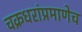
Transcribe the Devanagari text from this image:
चक्रधरांप्रमाणेच